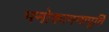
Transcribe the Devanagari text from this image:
मनोकामनापूर्ति